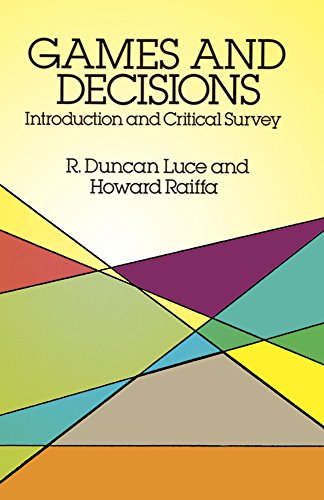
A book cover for Games and Decisions: Introduction and Critical Survey (Dover Books on Mathematics); R. Duncan Luce; Science & Math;